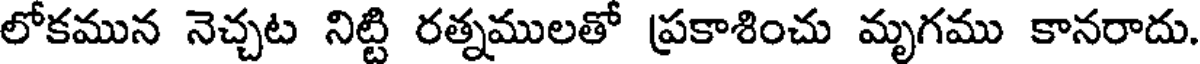
లోకమున నెచ్చట నిట్టి రత్నములతో ప్రకాశించు మృగము కానరాదు.